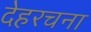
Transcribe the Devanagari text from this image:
देहरचना